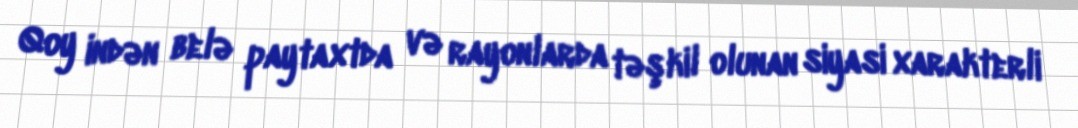
Qoy indən belə paytaxtda və rayonlarda təşkil olunan siyasi xarakterli